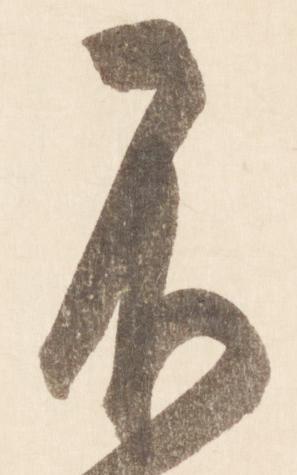
不